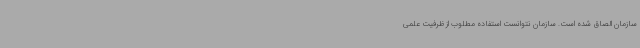
سازمان الصاق شده است. سازمان نتوانست استفاده مطلوب از ظرفیت علمی